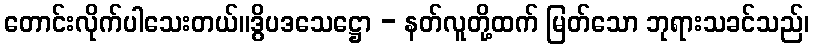
တောင်းလိုက်ပါသေးတယ်။ဒွိပဒသေဋ္ဌော - နတ်လူတို့ထက် မြတ်သော ဘုရားသခင်သည်၊